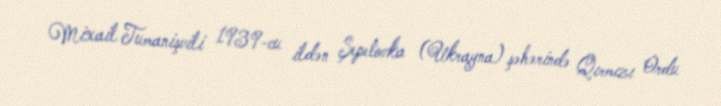
Mixail Tumanişvili 1939-cu ildən Şepetovka (Ukrayna) şəhərində Qırmızı Ordu